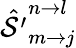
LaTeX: \hat{\mathcal{S^{\prime}}}_{m\rightarrow j}^{n\rightarrow l}